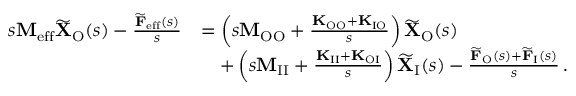
\begin{array} { r l } { s \mathbf { M } _ { \mathrm { e f f } } \widetilde { \mathbf { X } } _ { \mathrm { O } } ( s ) - \frac { \widetilde { \mathbf { F } } _ { \mathrm { e f f } } ( s ) } { s } } & { = \left( s \mathbf { M } _ { \mathrm { O O } } + \frac { \mathbf { K } _ { \mathrm { O O } } + \mathbf { K } _ { \mathrm { I O } } } { s } \right) \widetilde { \mathbf { X } } _ { \mathrm { O } } ( s ) } \\ & { \quad + \left( s \mathbf { M } _ { \mathrm { I I } } + \frac { \mathbf { K } _ { \mathrm { I I } } + \mathbf { K } _ { \mathrm { O I } } } { s } \right) \widetilde { \mathbf { X } } _ { \mathrm { I } } ( s ) - \frac { \widetilde { \mathbf { F } } _ { \mathrm { O } } ( s ) + \widetilde { \mathbf { F } } _ { \mathrm { I } } ( s ) } { s } \, . } \end{array}